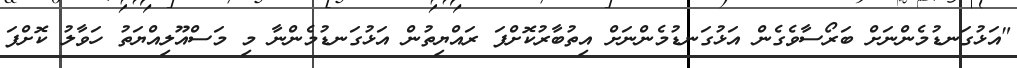
"އަޅުގަނޑުމެންނަށް ބަރޯސާވެގެން އަޅުގަނޑުމެންނަށް އިތުބާރުކޮށްފަ ރައްޔިތުން އަޅުގަނޑުމެންނާ މި މަސްއޫލިއްޔަތު ހަވާލު ކޮށްފަ